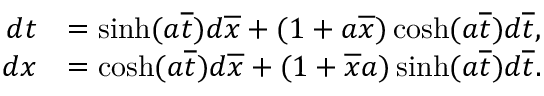
\begin{array} { r l } { d t } & { = \sinh ( a \overline { { t } } ) d \overline { { x } } + ( 1 + a \overline { { x } } ) \cosh ( a \overline { { t } } ) d \overline { { t } } , } \\ { d x } & { = \cosh ( a \overline { { t } } ) d \overline { { x } } + ( 1 + \overline { { x } } a ) \sinh ( a \overline { { t } } ) d \overline { { t } } . } \end{array}